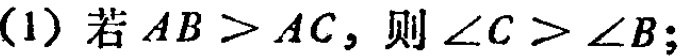
(1) 若 \(AB>AC\)，则 \(\angle C > \angle B\)；